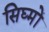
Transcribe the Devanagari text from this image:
सिघ्मों